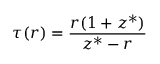
\tau ( r ) = \frac { r ( 1 + z ^ { * } ) } { z ^ { * } - r }